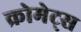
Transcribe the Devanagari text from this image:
क्रोमेट्स